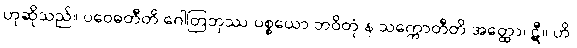
ဟုဆိုသည်။ ပဝေဓတီတိ ဂေါတြဘုဿ ပစ္စယော ဘဝိတုံ န သက္ကောတီတိ အတ္ထော၊ ဋီ။ ဟိ၊